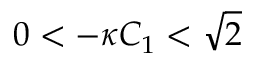
\begin{array} { r } { 0 < - \kappa C _ { 1 } < \sqrt { 2 } } \end{array}